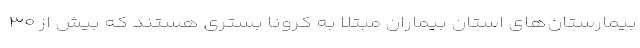
بیمارستان‌های استان بیماران مبتلا به کرونا بستری هستند که بیش از ۳۰